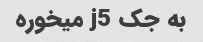
به جک j5 میخوره